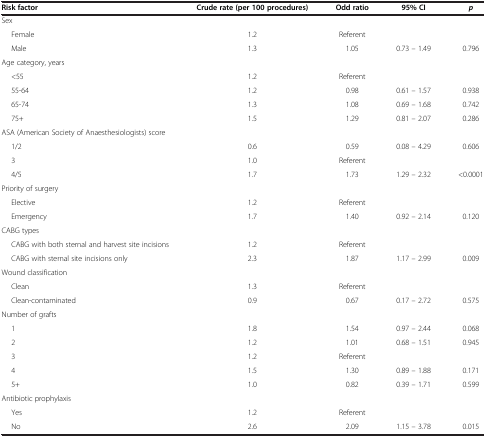
| Risk factor | Crude rate (per 100 procedures) | Odd ratio | 95% CI | p |
 | --- | --- | --- | --- | --- |
 | <COLSPAN=5> Sex |
 | Female | 1.2 | Referent |  |  |
 | Male | 1.3 | 1.05 | 0.73 – 1.49 | 0.796 |
 | <COLSPAN=5> Age category, years |
 | <55 | 1.2 | Referent |  |  |
 | 55-64 | 1.2 | 0.98 | 0.61 – 1.57 | 0.938 |
 | 65-74 | 1.3 | 1.08 | 0.69 – 1.68 | 0.742 |
 | 75+ | 1.5 | 1.29 | 0.81 – 2.07 | 0.286 |
 | <COLSPAN=5> ASA (American Society of Anaesthesiologists) score |
 | 1/2 | 0.6 | 0.59 | 0.08 – 4.29 | 0.606 |
 | 3 | 1.0 | Referent |  |  |
 | 4/5 | 1.7 | 1.73 | 1.29 – 2.32 | <0.0001 |
 | <COLSPAN=5> Priority of surgery |
 | Elective | 1.2 | Referent |  |  |
 | Emergency | 1.7 | 1.40 | 0.92 – 2.14 | 0.120 |
 | <COLSPAN=5> CABG types |
 | CABG with both sternal and harvest site incisions | 1.2 | Referent |  |  |
 | CABG with sternal site incisions only | 2.3 | 1.87 | 1.17 – 2.99 | 0.009 |
 | <COLSPAN=5> Wound classification |
 | Clean | 1.3 | Referent |  |  |
 | Clean-contaminated | 0.9 | 0.67 | 0.17 – 2.72 | 0.575 |
 | <COLSPAN=5> Number of grafts |
 | 1 | 1.8 | 1.54 | 0.97 – 2.44 | 0.068 |
 | 2 | 1.2 | 1.01 | 0.68 – 1.51 | 0.945 |
 | 3 | 1.2 | Referent |  |  |
 | 4 | 1.5 | 1.30 | 0.89 – 1.88 | 0.171 |
 | 5+ | 1.0 | 0.82 | 0.39 – 1.71 | 0.599 |
 | <COLSPAN=5> Antibiotic prophylaxis |
 | Yes | 1.2 | Referent |  |  |
 | No | 2.6 | 2.09 | 1.15 – 3.78 | 0.015 |